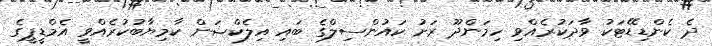
ދެ ކެންޑިޑޭޓަކު ވާދަކުރެއްވި ހިމަންދޫ ރަށު ކައުންސިލްގެ ބައި އިލެކްޝަން ކާމިޔާބުކުރެއްވީ އެމްޑީޕީގެ